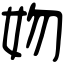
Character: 𡛁